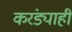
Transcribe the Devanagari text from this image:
करंड्याही